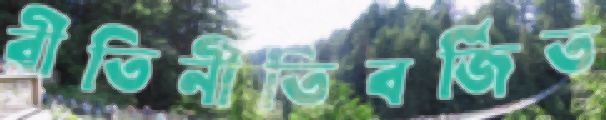
রীতিনীতিবর্জিত